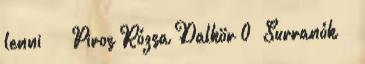
lenni ” – Piros Rózsa Dalkör 0 “Surranók” –